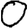
Digit: 0